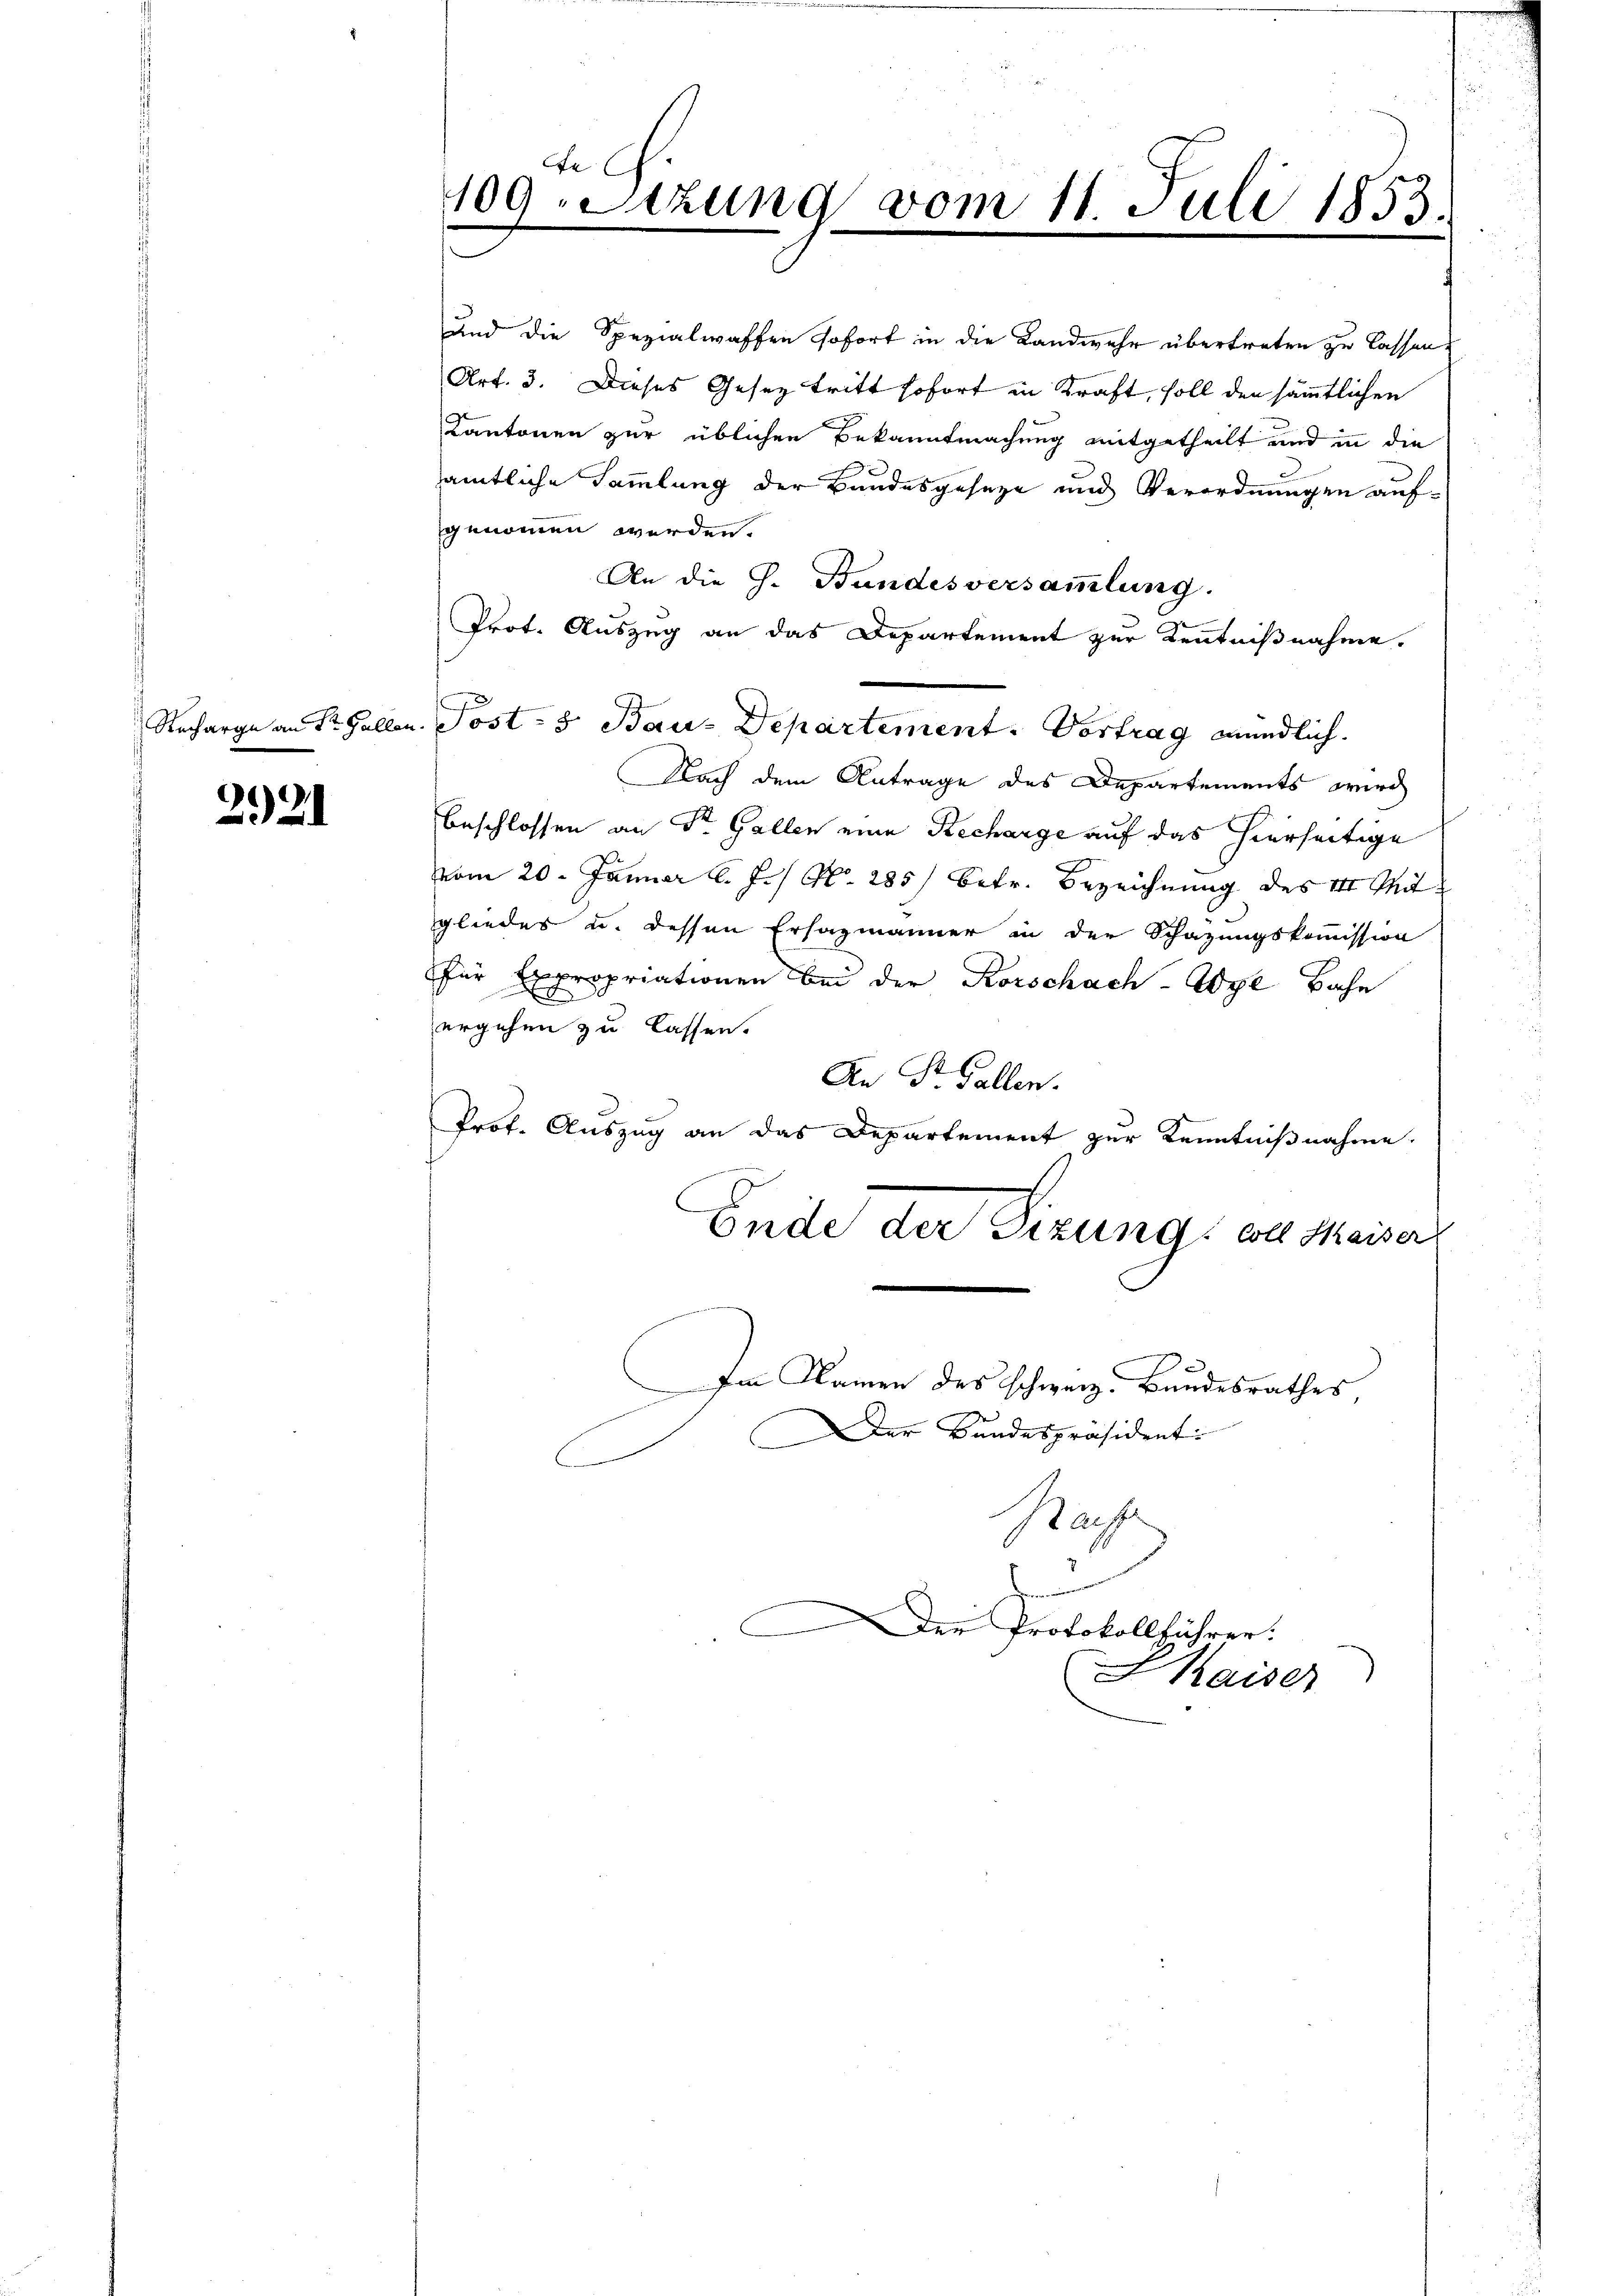
Recharge an Sr. Gallen.

2921

d. h.
109. Sitzung vom 11. Juli 1853.

und die Spezialwaffen sofort in die Landwehr übertreten zu lassen,
Art. 3. Dieses Gesetz tritt sofort in Kraft, soll den sämmtlichen
Kantonen zur üblichen Bekanntmachung mitgetheilt und in die
sämtliche Sammlung der Bandesgeseze und Verordnungen aufgenommen werden.
An die h. Bundesversammlung.
Prot. Auszug an das Departement zur Kenntnißnahme.
Nach dem Antrage des Departements wird
beschlossen an Sr. Gallen eine Recharge auf das hierseitige
vom 20. Januar l. J. N. 285/ betr. Bezeichnung des III. Mit
gliedes u. dessen Erhazmänner in der Schazungskommission
für Expropriationen bei der Korschach-Wye Bahn
ergehen zu lassen.
An St. Gallen.
Prof. Auszug an das Departement zur Kenntnißnahme.
Ende der Sizung voll Maiser
Im Namen des schweiz. Bundesrathes
Der Bundespräsident:
.
Raufe
de
Der Protokollführer.
PKaiser

Post- & Bau-Departement. Vortrag mündlich.